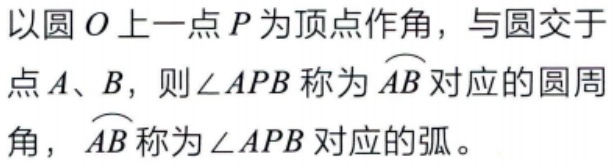
以圆\(O\)上一点\(P\)为顶点作角，与圆交于点\(A\)、\(B\)，则\(\angle APB\)称为\(\overset{\frown}{AB}\)对应的圆周角，\(\overset{\frown}{AB}\)称为\(\angle APB\)对应的弧。